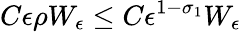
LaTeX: C\epsilon\rho W_{\epsilon}\le C\epsilon^{1-\sigma_{1}}W_{\epsilon}